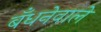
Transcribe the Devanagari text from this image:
बँधनेवाले